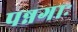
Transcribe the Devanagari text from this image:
पन्नगाः